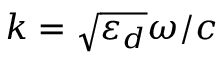
k = \sqrt { \varepsilon _ { d } } \omega / c